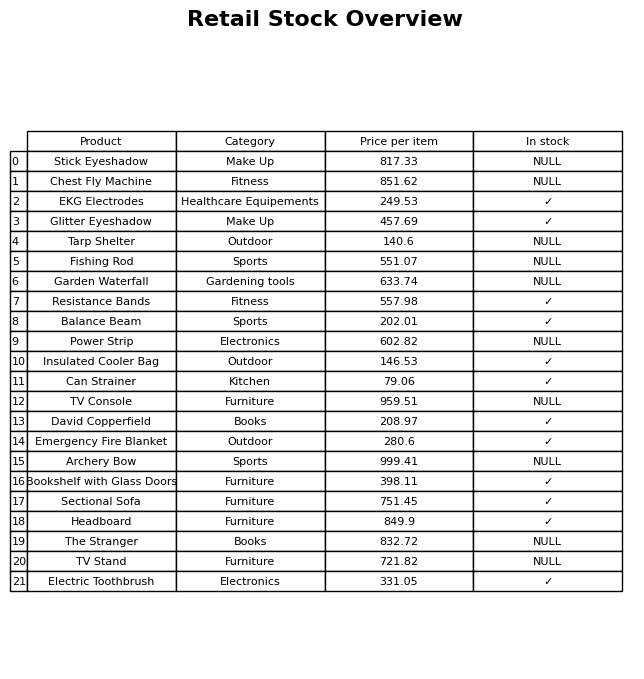
question: Is the Garden Waterfall in stock?
answer: NULL